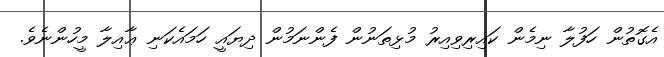
އެގޮތުން ހަފުލާ ނިމެން ކައިރިވިއިރު މުޅިތަނުން ފެންނަމުން ދިޔައީ ހަމައެކަނި ޢާއިލާ މީހުންނެވެ.